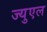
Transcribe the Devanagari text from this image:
ज्युएल